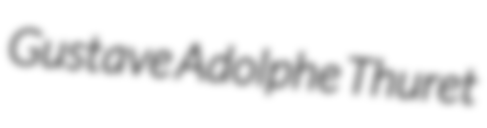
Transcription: Gustave Adolphe Thuret